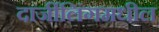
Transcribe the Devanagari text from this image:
दार्जीलिंगमधील